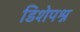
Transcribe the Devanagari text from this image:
डिशेपश्न